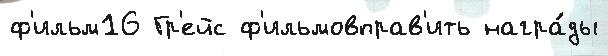
ф'ильм16 Гр'ейс ф'ильмовправ'ить награ́ды